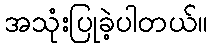
အသုံးပြုခဲ့ပါတယ်။